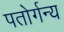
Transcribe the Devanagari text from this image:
पतोर्गन्य